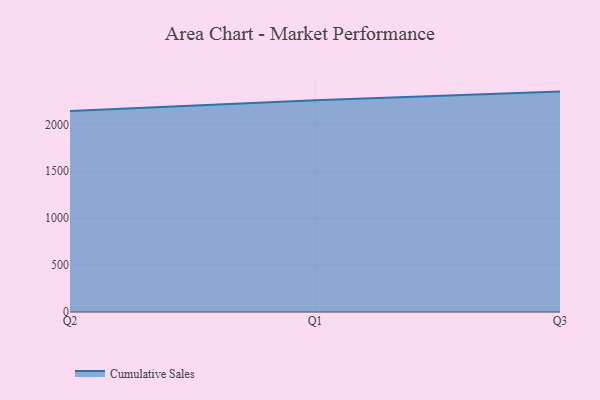
{"axis": {"x": "Quarter", "y": "Revenue (USD Million)"}, "legend": ["Cumulative Sales"], "data": [{"x": "Q2", "y": 2142.0, "type": "Cumulative Sales"}, {"x": "Q1", "y": 2256.0, "type": "Cumulative Sales"}, {"x": "Q3", "y": 2349.1, "type": "Cumulative Sales"}]}